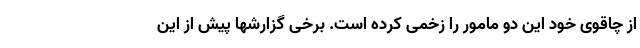
از چاقوی خود این دو مامور را زخمی کرده است. برخی گزارشها پیش از این